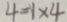
4 = 1 \times 4